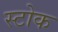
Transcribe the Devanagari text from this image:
स्‍टोक